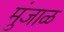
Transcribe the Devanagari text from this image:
मुंजाळ